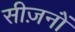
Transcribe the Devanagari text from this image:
सीज़नोंं